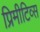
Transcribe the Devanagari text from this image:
प्रिमीटिव्स